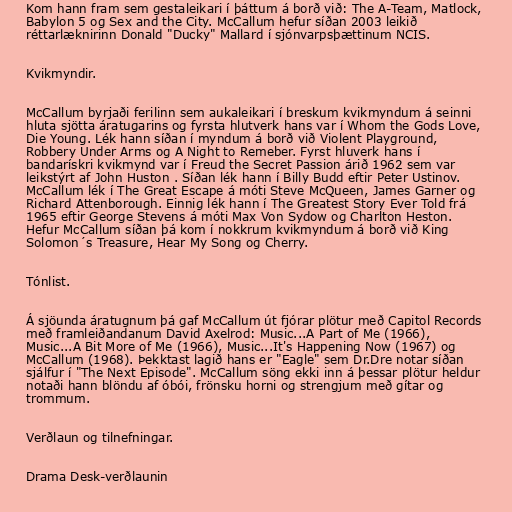
Kom hann fram sem gestaleikari í þáttum á borð við: The A-Team, Matlock,
Babylon 5 og Sex and the City. McCallum hefur síðan 2003 leikið
réttarlæknirinn Donald "Ducky" Mallard í sjónvarpsþættinum NCIS.

Kvikmyndir.

McCallum byrjaði ferilinn sem aukaleikari í breskum kvikmyndum á seinni
hluta sjötta áratugarins og fyrsta hlutverk hans var í Whom the Gods Love,
Die Young. Lék hann síðan í myndum á borð við Violent Playground,
Robbery Under Arms og A Night to Remeber. Fyrst hluverk hans í
bandarískri kvikmynd var í Freud the Secret Passion árið 1962 sem var
leikstýrt af John Huston . Síðan lék hann í Billy Budd eftir Peter Ustinov.
McCallum lék í The Great Escape á móti Steve McQueen, James Garner og
Richard Attenborough. Einnig lék hann í The Greatest Story Ever Told frá
1965 eftir George Stevens á móti Max Von Sydow og Charlton Heston.
Hefur McCallum síðan þá kom í nokkrum kvikmyndum á borð við King
Solomon´s Treasure, Hear My Song og Cherry.

Tónlist.

Á sjöunda áratugnum þá gaf McCallum út fjórar plötur með Capitol Records
með framleiðandanum David Axelrod: Music...A Part of Me (1966),
Music...A Bit More of Me (1966), Music...It's Happening Now (1967) og
McCallum (1968). Þekktast lagið hans er "Eagle" sem Dr.Dre notar síðan
sjálfur í "The Next Episode". McCallum söng ekki inn á þessar plötur heldur
notaði hann blöndu af óbói, frönsku horni og strengjum með gítar og
trommum.

Verðlaun og tilnefningar.

Drama Desk-verðlaunin